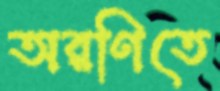
অরণিতে